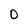
Character: 0